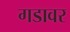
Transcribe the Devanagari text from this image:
गडावर